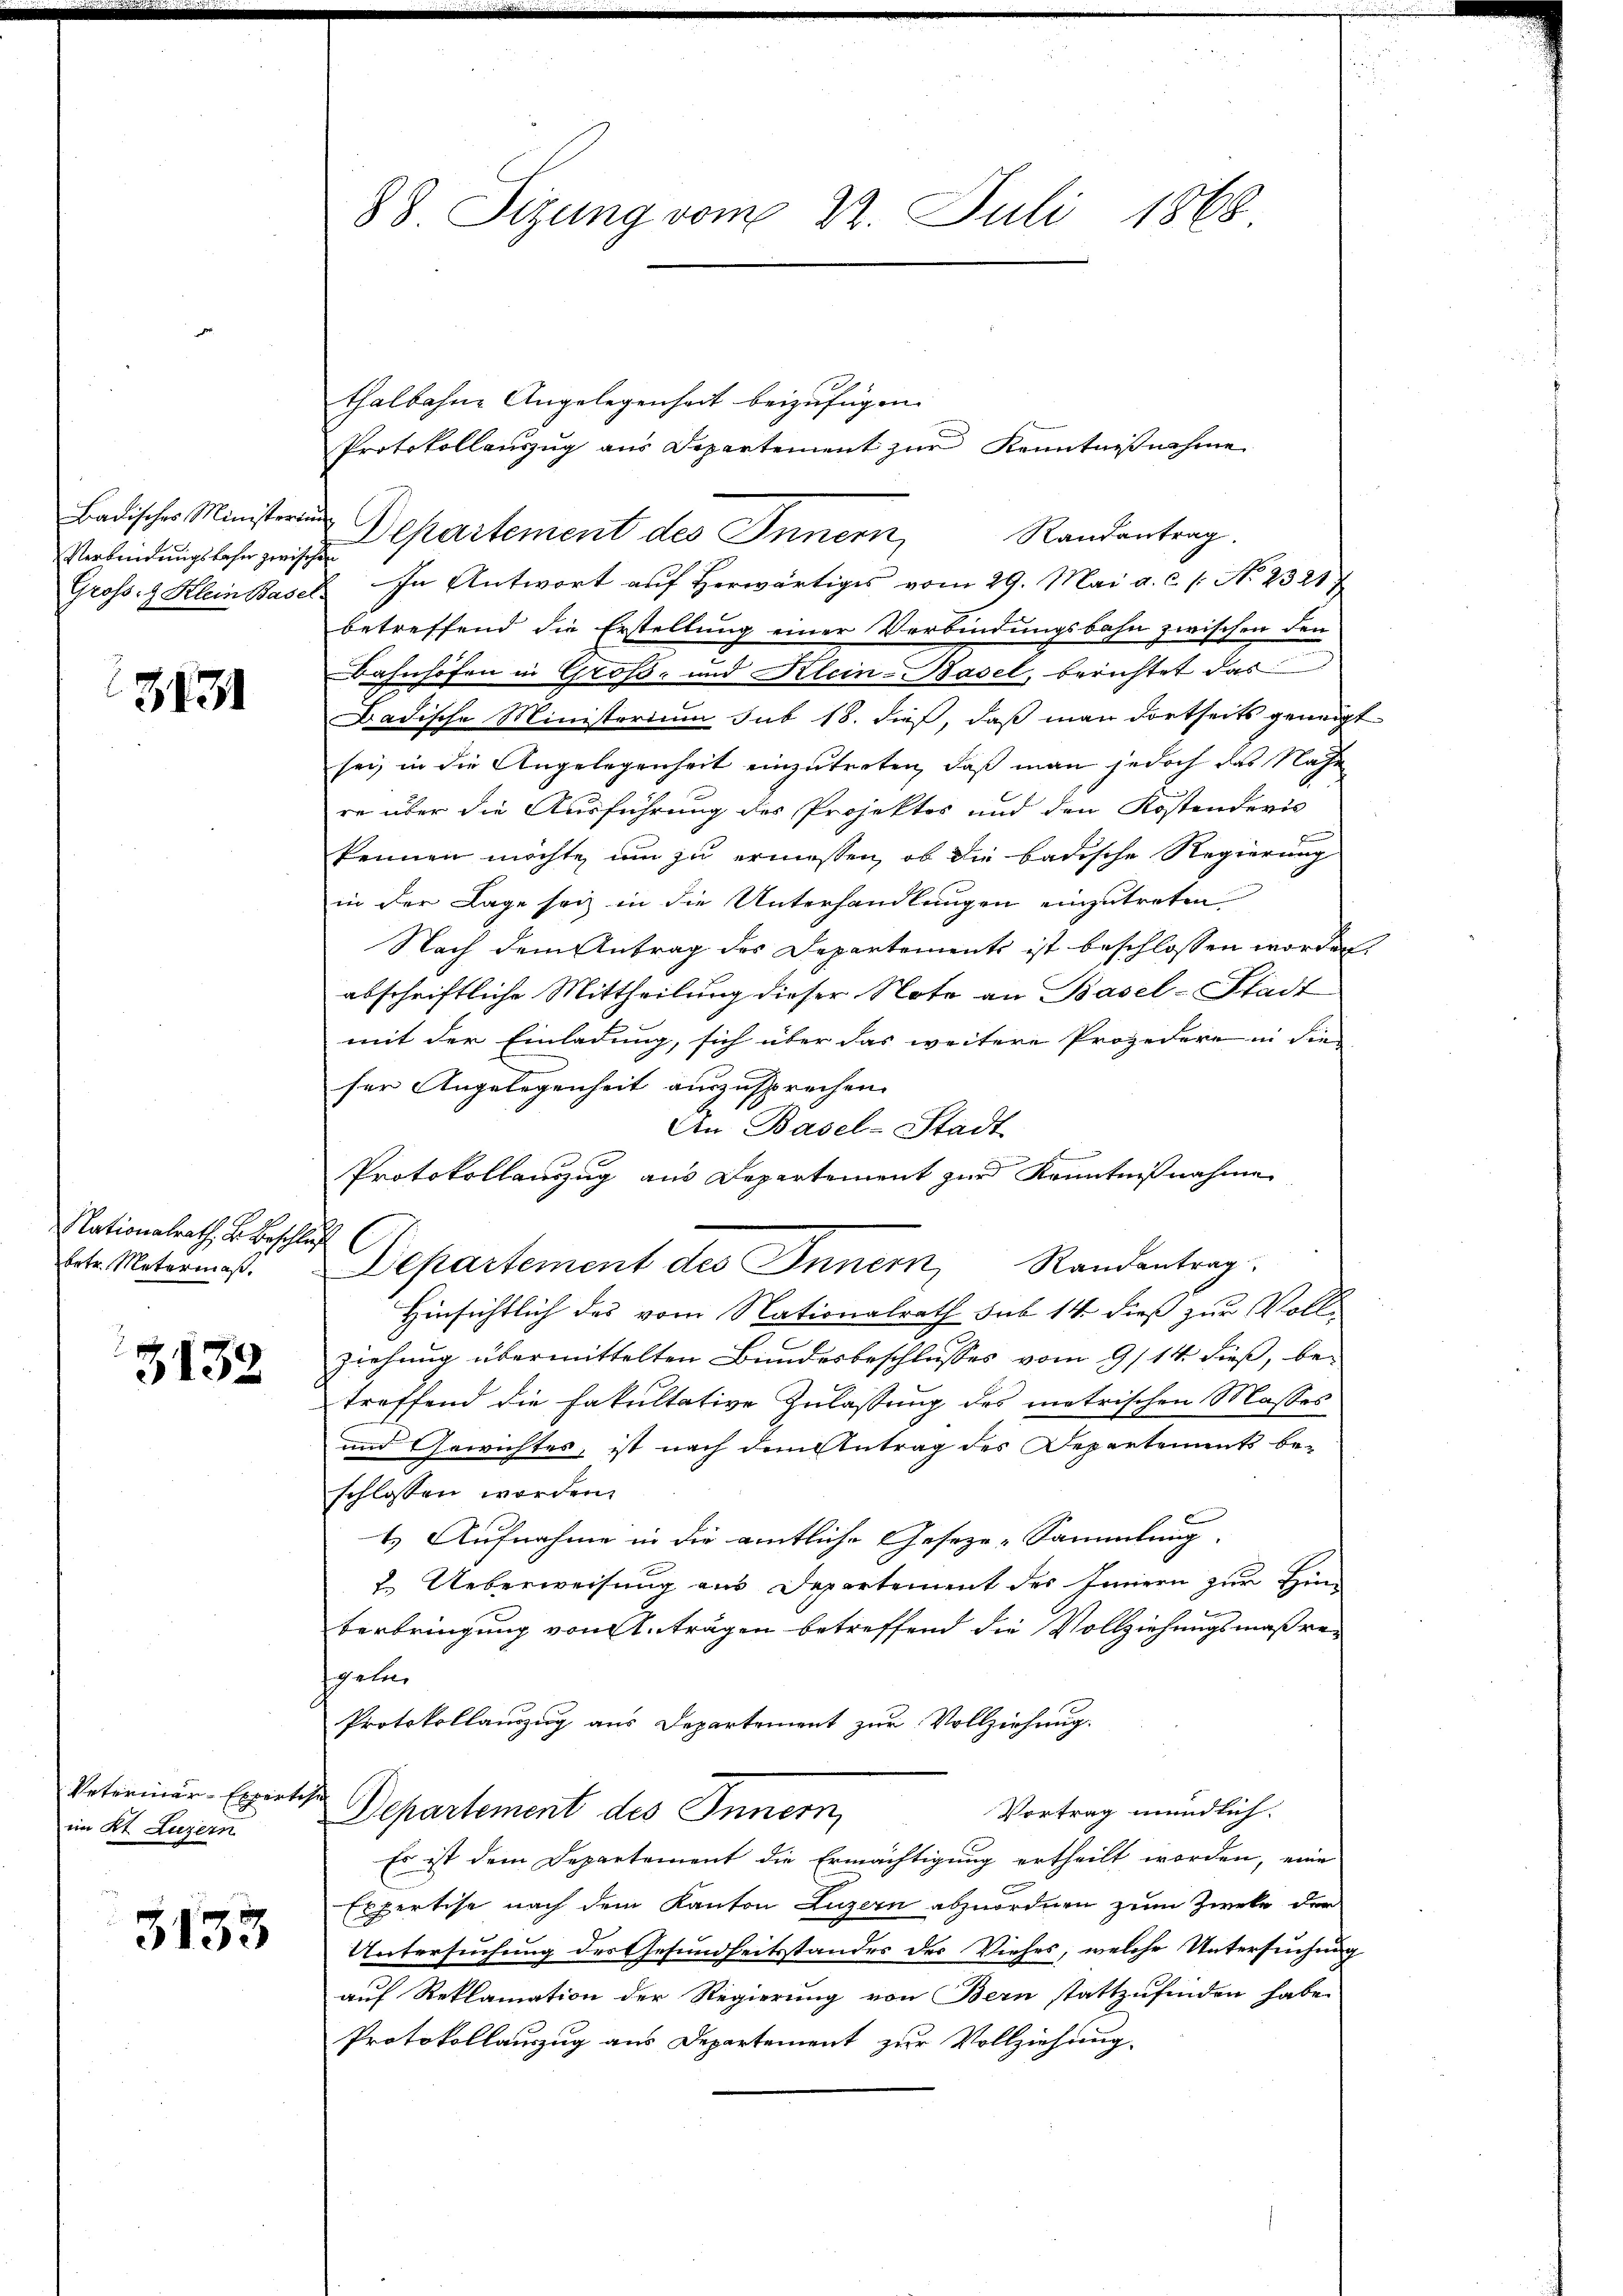
Badisches Ministeri
Verbredungsbahn zwis
Gross. Klein Basel-

3131

Nationalrath v. Beschl
betr. Metermaß.

3132

Veterinär-Experte,
im Kt. Luzern

3133

88 Sizung vom 22. Juli 1868.

thalbahne Angelegenheit beizufügen.
Protokollauszug aus Departement zŭr Kenntnißnahme
Departement des Innern, Randantrag.
i
In Antwort auf Herwärtiges vom 29. Mai a. c. s. No 2321
betreffend die Erstellung einer Verbindungsbahn zwischen den
Bahnhofen in Groß- und Klein-Basel, berichtet das
Badische Ministerium sub 18. dieß, daß man dortseits geneigt
sei, in die Angelegenheit einzutreten, daß man jedoch das Nahe
re über die Ausführung des Projektes und den Kostenderis
kennen möchte, um zu ermessen, ob die badische Regierung
in der Lage sei in die Unterhandlungen einzutreten.
Nach dem Antrag des Departements ist beschlossen worden.
abschriftliche Mittheilung dieser Note an Basel-Stadt
mit der Einladung, sich über das weitere Projedere in die
ser Angelegenheit auszusprechen.
An Basel-Stadt
Protokollanzug aus Departement zur Kenntnißnahme
uh
Hinsichtlich des vom Nationalrath sub 14 dieß zur Vollziehung übermittelten Bundesbeschlusses vom 9/14. dieß, betreffend die Fakultative Zulassung des metrischen Masses
und Gewichtes, ist nach dem Antrag des Departements be-
schlossen worden.
ts Aufnahme in die amtliche Geseze-Sammlung,
 Ueberweisung aus Departement des Innern zur Hinterbringung von Anträgen betreffend die Vollziehungsmaßrespeten
Protokollauszug aus Departement zur Vollziehung.
h
Vortrag mündlich.
Departement des Innern,
Es ist dem Departement die Ermächtigung ertheilt worden, eine
Expertise nach dem Kanton Luzern abzuordnen zum Zweke der
Untersuchung der Gesundheitsstandes des Viehes, welche Untersuchung
auf Reklamation der Regierung von Bern stattzufinden habe.
Protokollauszug aus Departement zur Vollziehung.

Departement des Innern, Standentrag